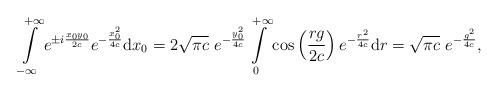
LaTeX: \begin{align*}\int\displaylimits_{-\infty}^{+\infty} e^{\pm i\frac{x_0y_0}{2c}}e^{-\frac{x_0^2}{4c}} \mathrm{d}x_0 = 2\sqrt{\pi c}\ e^{-\frac{y_0^2}{4c}} \int\displaylimits_{0}^{+\infty} \cos\left( \frac{rg}{2c} \right) e^{-\frac{r^2}{4c}} \mathrm{d}r = \sqrt{\pi c}\ e^{-\frac{g^2}{4c}},\end{align*}